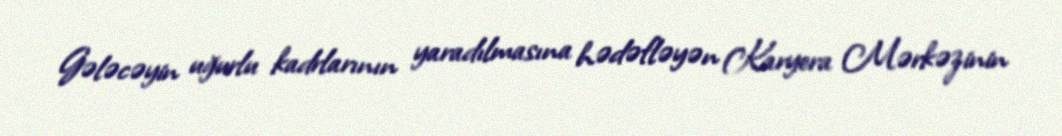
Gələcəyin uğurlu kadrlarının yaradılmasına hədəfləyən Karyera Mərkəzinin